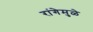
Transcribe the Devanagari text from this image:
रांगेमुळे